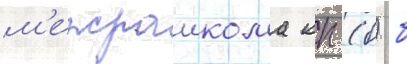
м'ежраикома кп (б) б